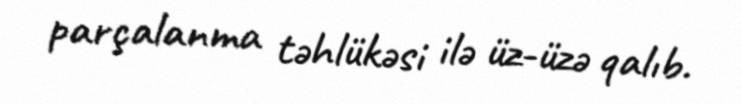
parçalanma təhlükəsi ilə üz-üzə qalıb.